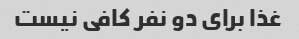
غذا برای دو نفر کافی نیست